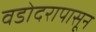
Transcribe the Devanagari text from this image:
वडोदरापासून